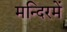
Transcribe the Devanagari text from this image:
मन्दिरमें